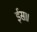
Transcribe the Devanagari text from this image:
ईस॥